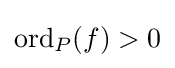
\mathrm {ord} _{P}(f)>0